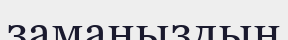
заманыздың